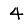
Digit: 4